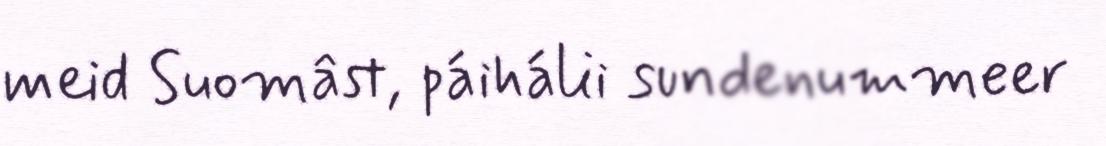
meid Suomâst, páihálii sundenummeer